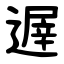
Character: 遟